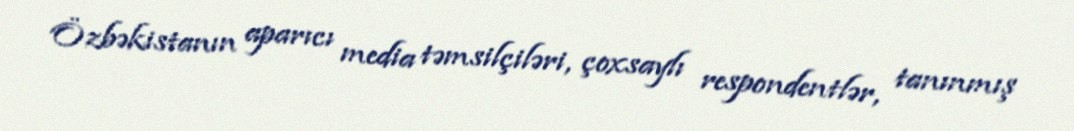
Özbəkistanın aparıcı media təmsilçiləri, çoxsaylı respondentlər, tanınmış